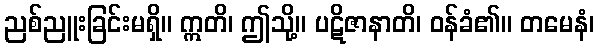
ညစ်ညူးခြင်းမရှိ။ ဣတိ၊ ဤသို့။ ပဋိဇာနာတိ၊ ဝန်ခံ၏။ တမေနံ၊